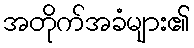
အတိုက်အခံများ၏